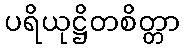
ပရိယုဋ္ဌိတစိတ္တာ